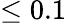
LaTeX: \le 0.1